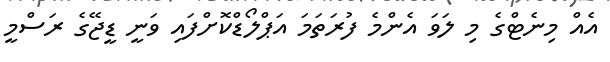
އެއް މިނެޓްގެ މި ލަވަ އެންމެ ފުރަތަމަ އަޕްލޯޑްކޮށްފައި ވަނީ ޑީޖޭގެ ރަސްމީ